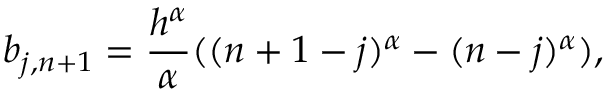
b _ { j , n + 1 } = \frac { h ^ { \alpha } } { \alpha } ( ( n + 1 - j ) ^ { \alpha } - ( n - j ) ^ { \alpha } ) ,